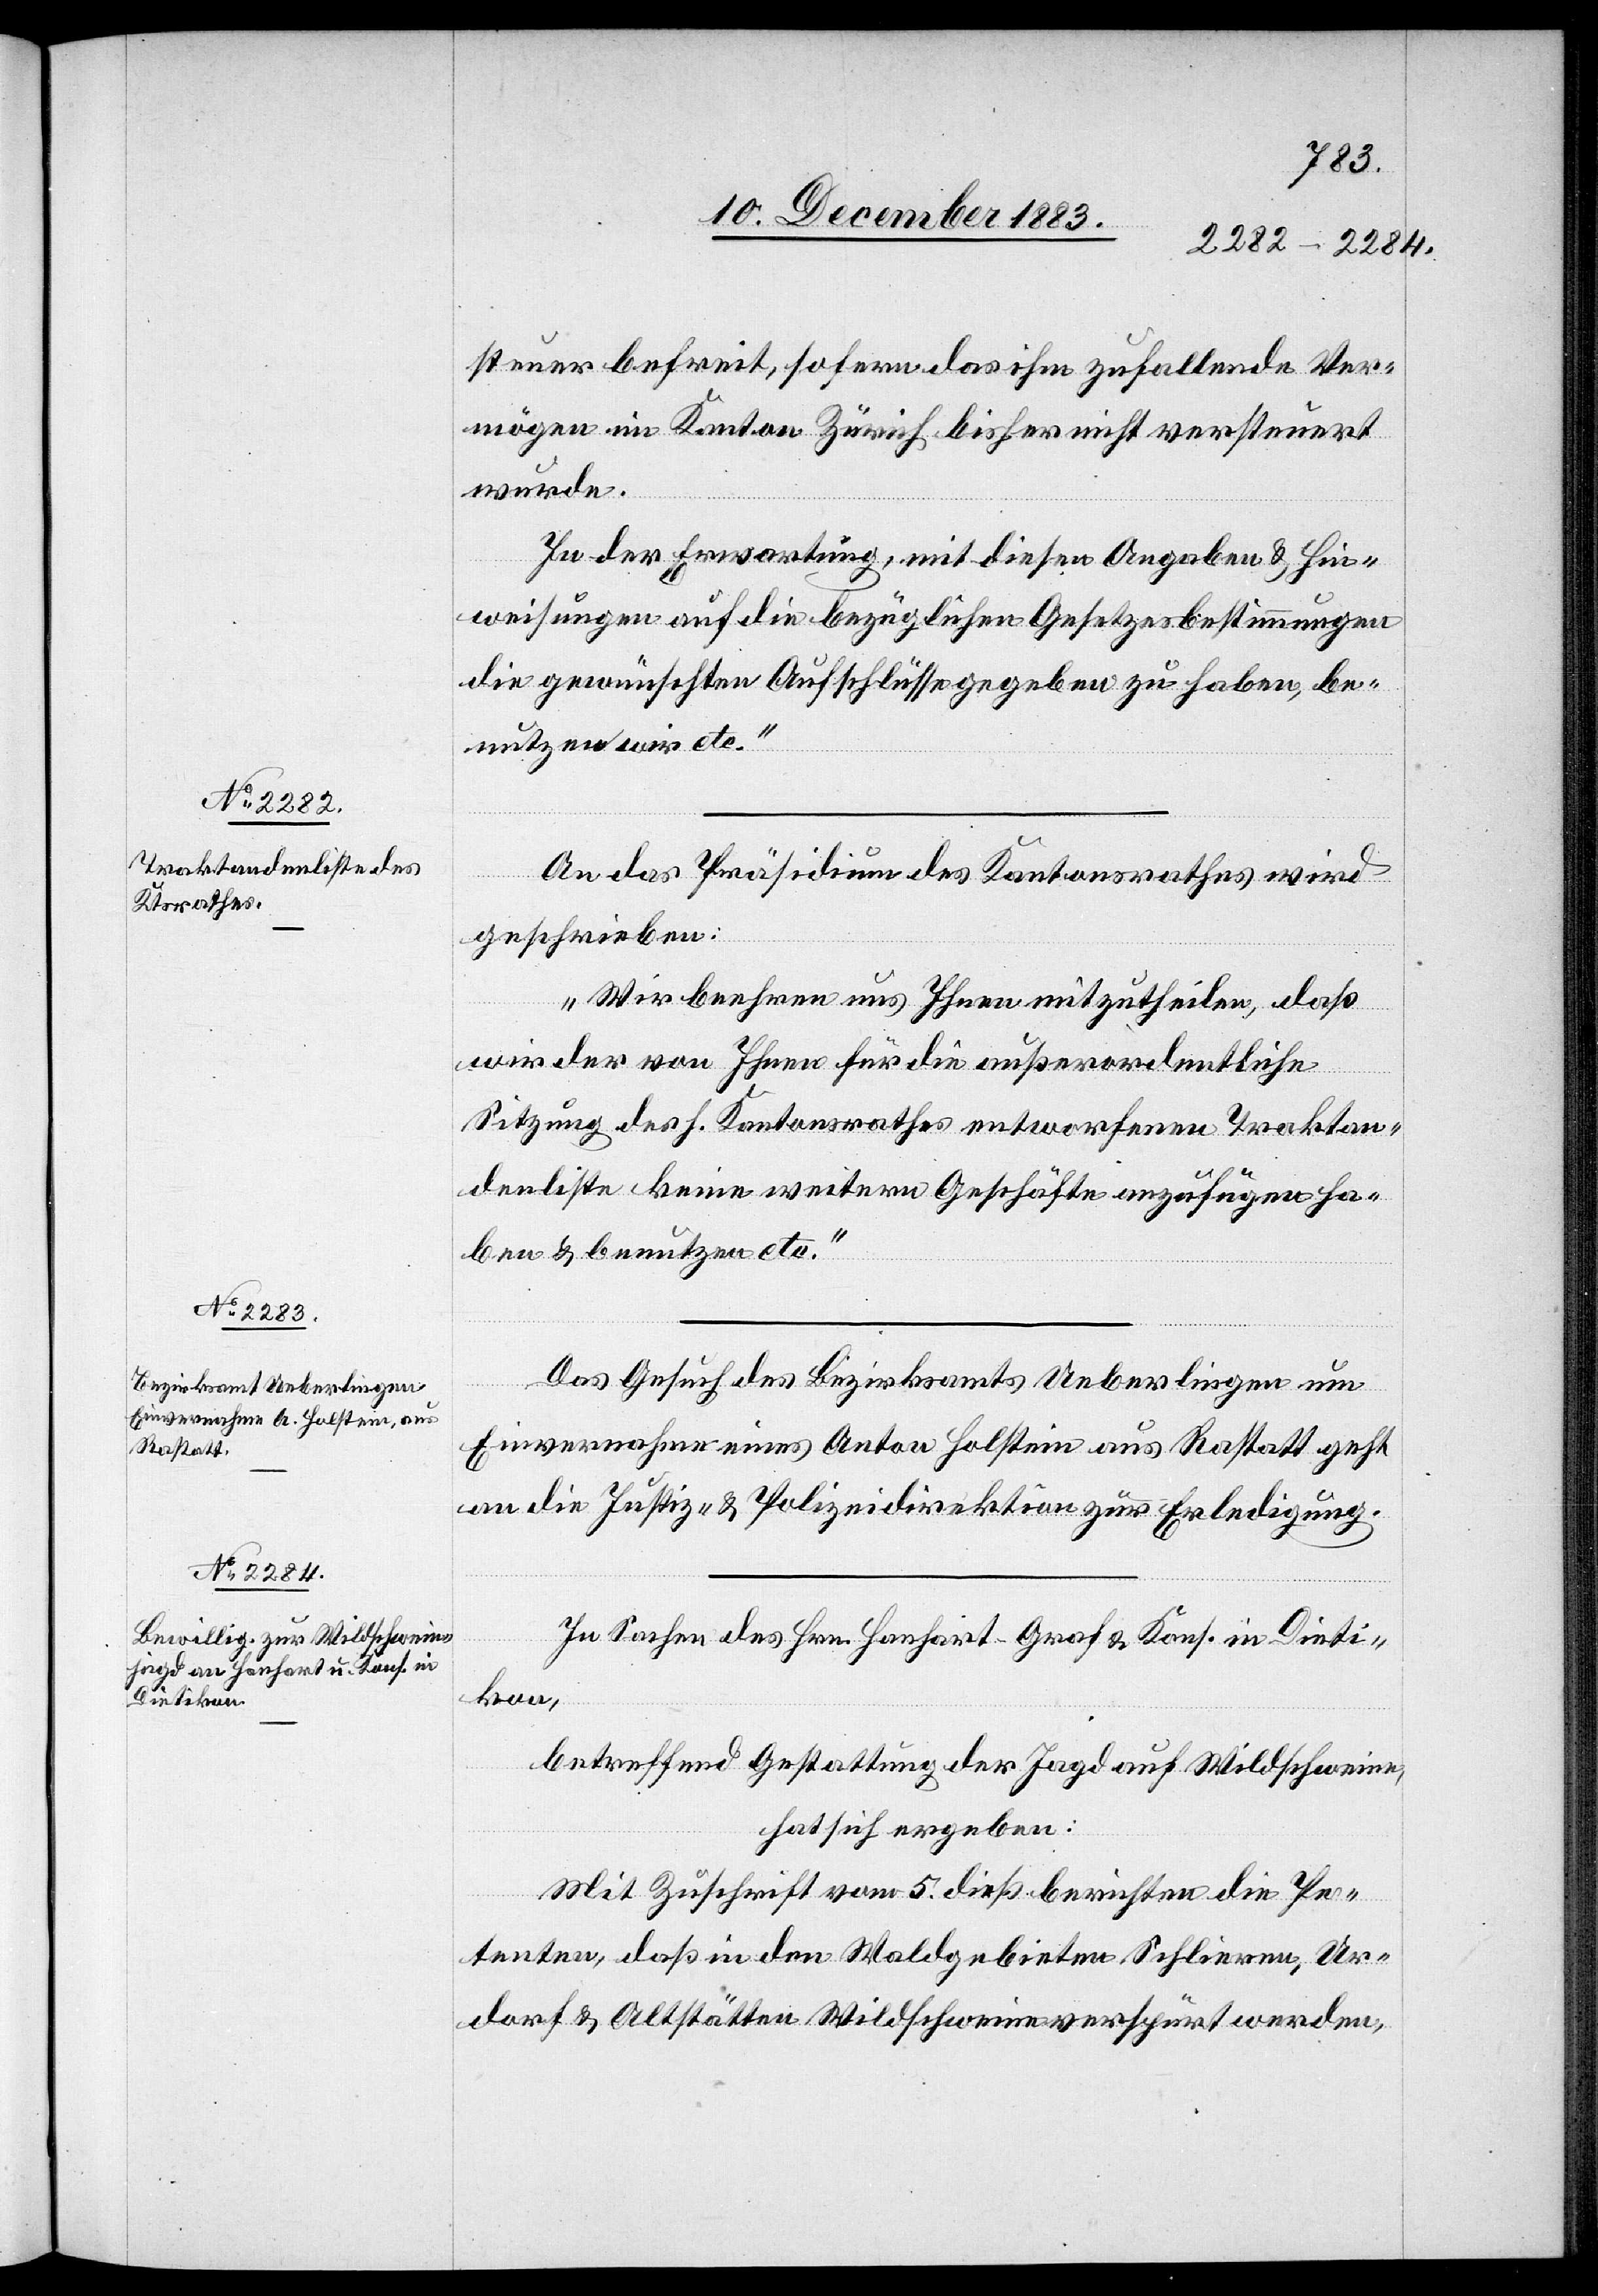
12. December 1883.]
steuer befreit, sofern das ihm zufallende Ver¬
mögen im Kanton Zürich bisher nicht versteuert
wurde.
In Erwartung, mit diesen Angaben & Hin¬
weisungen auf die bürgerlichen Gesetzesbestimmungen
die gewünschten Aufschlüsse gegeben zu haben, be¬
nutzen wir etc.“
An das Präsidium des Kantonsrathes wird
geschrieben:
„Wir beehren uns Ihnen mitzutheilen, daß
wir der von Ihnen für die außerordentliche
Sitzung des h. Kantonsrathes entworfenen Traktan¬
denliste keine weitern Geschäfte anzufügen ha¬
ben & benutzen etc.“
l-Verfügungen.
Das Gesuch des Bezirksamts Ueberlingen um
Einvernahme eines Anton Holstein aus Rastatt geht
an die Justiz- & Polizeidirektion zur Erledigung.
In Sachen des Hrn. Hanhart-Graf & Kons. in Dieti¬
kon,
betreffend Gestattung der Jagd auf Wildschweine,
hat sich ergeben:
Mit Zuschrift vom 5. dieß berichten die Pe¬
tenten, daß in den Waldgebieten Schlieren, Ur¬
dorf & Altstätten Wildschweine verspürt werden,